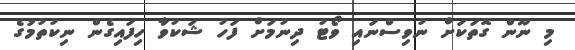
މި ނޫން ގޮތަކަށް ނުވިސްނައި ވޯޓު ދިނުމަށް ފަހު ޝަކުވާ ހިފައިގެން ނިކުތުމުގެ